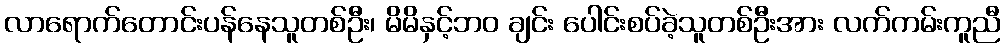
လာရောက်တောင်းပန်နေသူတစ်ဦး၊ မိမိနှင့်ဘဝ ချင်း ပေါင်းစပ်ခဲ့သူတစ်ဦးအား လက်ကမ်းကူညီ